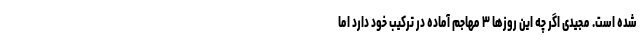
شده است. مجیدی اگر چه این روزها ۳ مهاجم آماده در ترکیب خود دارد اما